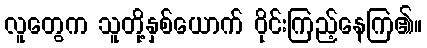
လူတွေက သူတို့နှစ်ယောက် ဝိုင်းကြည့်နေကြ၏။